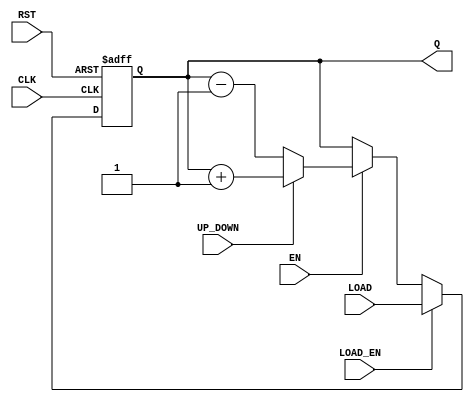
module ChainedParallelCounter (
    input wire CLK,          // Clock signal
    input wire RST,          // Asynchronous reset signal
    input wire EN,           // Count enable signal
    input wire UP_DOWN,      // Mode control (1 for up, 0 for down)
    input wire [N-1:0] LOAD, // Parallel load input
    input wire LOAD_EN,      // Load enable signal
    output reg [N-1:0] Q     // Output count
);
    parameter N = 4;         // Number of bits in the counter (adjust as needed)

    // Always block for counter operation
    always @(posedge CLK or posedge RST) begin
        if (RST) begin
            Q <= 0; // Reset the counter to 0
        end else if (LOAD_EN) begin
            Q <= LOAD; // Load the specified value
        end else if (EN) begin
            if (UP_DOWN) begin
                Q <= Q + 1; // Increment the counter
            end else begin
                Q <= Q - 1; // Decrement the counter
            end
        end
    end
endmodule